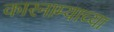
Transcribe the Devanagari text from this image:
कारनाम्याच्या